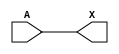
module sky130_fd_sc_lp__dlygate4s15_6 (
    X,
    A
);
    output X;
    input  A;
    wire buf0_out_X;
    buf buf0 (buf0_out_X, A              );
    buf buf1 (X         , buf0_out_X     );
endmodule